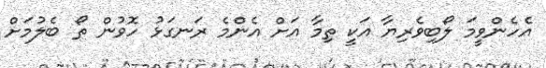
އެހެންވީމަ ލޯބިވެރިޔާ އަކީ ތިމާ އަށް އެންމެ ރަނގަޅު ހޮވުން ތޯ ބެލުމަށް